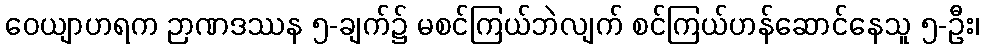
ဝေယျာဟရက ဉာဏဒဿန ၅-ချက်၌ မစင်ကြယ်ဘဲလျက် စင်ကြယ်ဟန်ဆောင်နေသူ ၅-ဦး၊